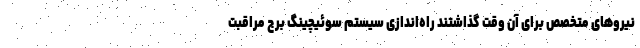
نیروهای متخصص برای آن وقت گذاشتند راه‌اندازی سیستم سوئیچینگ برج مراقبت